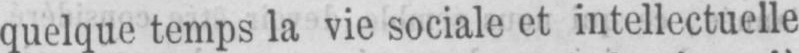
quelque temps la vie sociale et intellectuelle